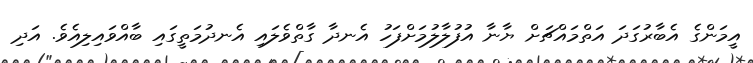
އީމަންގެ އެބާރުގަދަ އަތްމައްޗަށް ޔާނާ އުފުލާލުމަށްފަހު އެނދާ ގާތްވެލައި އެނދުމަތީގައި ބާއްވައިލިއެވެ. އަދި